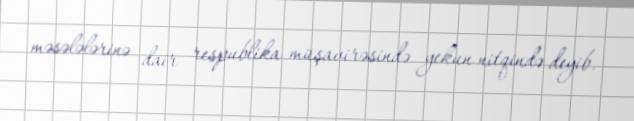
məsələlərinə dair respublika müşavirəsində yekun nitqində deyib.